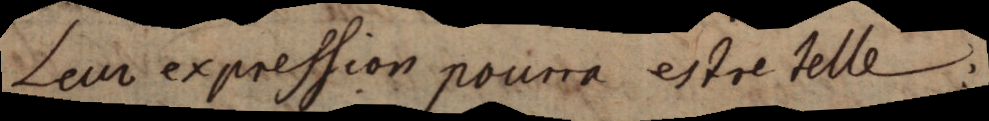
Leur expression pourra estre telle: